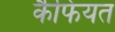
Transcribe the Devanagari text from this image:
र्कैफियत